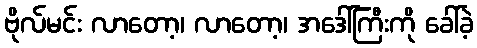
ဗိုလ်မင်း လာတော့၊ လာတော့၊ အဒေါ်ကြီးကို ခေါ်ခဲ့